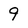
Character: 9